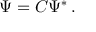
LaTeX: \Psi = { C } \Psi ^ { \ast } \, .